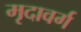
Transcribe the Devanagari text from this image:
मृदावर्ग